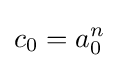
c_{0}=a_{0}^{n}